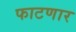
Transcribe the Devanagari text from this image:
फाटणार